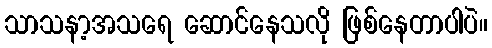
သာသနာ့အသရေ ဆောင်နေသလို ဖြစ်နေတာပါပဲ။